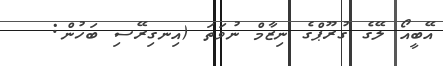
އޭބީއޯ ލޭގެ ގުރޫޕްގެ ނިޒާމް ނުވަތަ (އިނގިރޭސި ބަހުން: